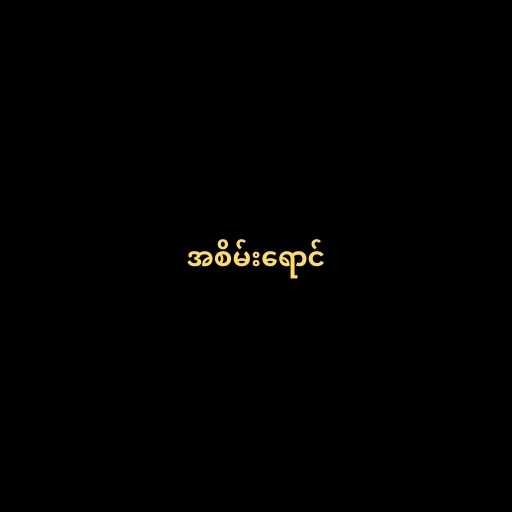
အစိမ်းရောင်